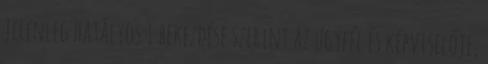
jelenleg hatályos 1 bekezdése szerint az ügyfél és képviselője,